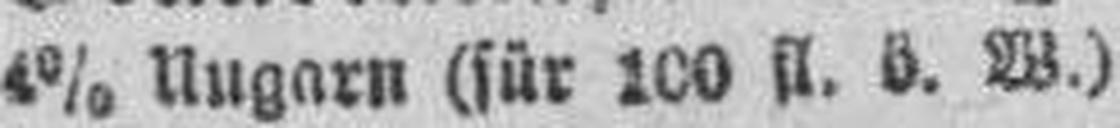
4% Ungarn (für 100 fl. ö. W.)